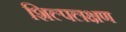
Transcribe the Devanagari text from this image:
शिल्पलक्षण